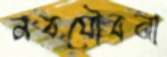
নবযৌবনা